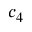
c _ { 4 }